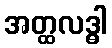
အတ္ထလဒ္ဓါ